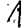
Digit: 1